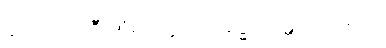
ဆက်၍ဆိုဦးအံ့။ ဧတ္ထ၊ ဤအဒ္ဓါ သန္တတိ သမယ